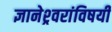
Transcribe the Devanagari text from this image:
ज्ञानेश्र्वरांविषयी